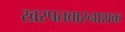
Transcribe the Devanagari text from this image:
खरपतवारनाशक